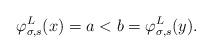
LaTeX: \begin{align*}\varphi^L_{\sigma, s}(x) = a < b = \varphi^L_{\sigma, s}(y).\end{align*}